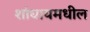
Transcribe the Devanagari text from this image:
शांघायमधील